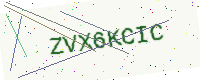
Text: ZVX6KCIC